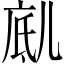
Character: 𱏥